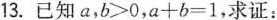
13. 已知$$a , b > 0$$,$$a + b = 1$$，求证: